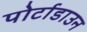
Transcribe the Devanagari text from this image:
पोर्टाडाउन